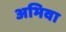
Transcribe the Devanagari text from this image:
अभिवा